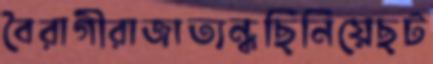
বৈরাগীরাজাত্যন্ধছিনিয়েছট